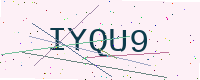
Text: IYQU9